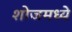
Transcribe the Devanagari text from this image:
शोजमध्ये